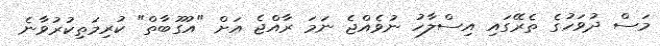
މަސް ދުވަހުގެ ތެރޭގައި އިސްލާހު ނުވެއްޖެ ނަމަ ރާއްޖެ އަށް "އުގޫބާތް" ކުރިމަތިކުރުވާނެ